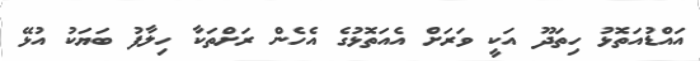
އައްޑުއަތޮޅު ހިތަދޫ އަކީ ވަރަށް އެއަތޮޅުގެ އެހެން ރަށްތަކާ ހިލާފު ބަޔަކު އުޅޭ